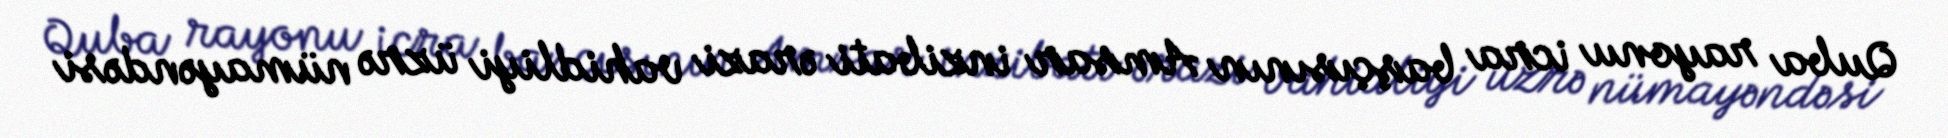
Quba rayonu icra başçısının Amsar inzibati ərazi vahidliyi üzrə nümayəndəsi